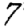
Digit: 7